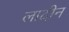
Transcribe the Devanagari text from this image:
लादीन